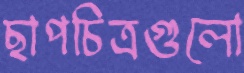
ছাপচিত্রগুলো